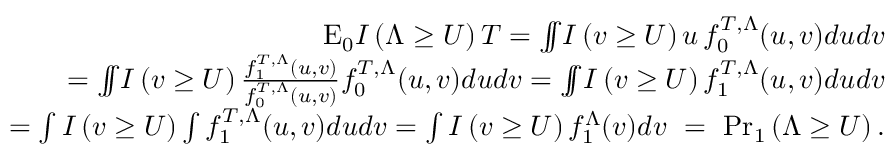
\begin{array} { r l r } & { } & { \mathrm { E } _ { 0 } I \left( \Lambda \ge U \right) T = { \int \! \! \! \! \int } I \left( v \ge U \right) u \, f _ { 0 } ^ { T , \Lambda } ( u , v ) d u d v } \\ & { } & { \quad = { \int \! \! \! \! \int } I \left( v \ge U \right) \frac { f _ { 1 } ^ { T , \Lambda } ( u , v ) } { f _ { 0 } ^ { T , \Lambda } ( u , v ) } f _ { 0 } ^ { T , \Lambda } ( u , v ) d u d v = { \int \! \! \! \! \int } I \left( v \ge U \right) f _ { 1 } ^ { T , \Lambda } ( u , v ) d u d v } \\ & { } & { \quad = \int I \left( v \ge U \right) \int f _ { 1 } ^ { T , \Lambda } ( u , v ) d u d v = \int I \left( v \ge U \right) f _ { 1 } ^ { \Lambda } ( v ) d v \, \, = \, \, { \operatorname* { P r } } _ { 1 } \left( \Lambda \ge U \right) . } \end{array}